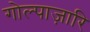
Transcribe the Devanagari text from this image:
गोल्पाज़ारि